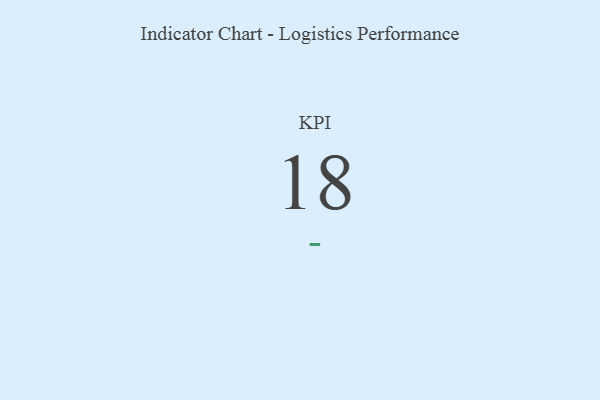
{"axis": {"x": "KPI", "y": "Value"}, "legend": [""], "data": [{"x": "KPI", "y": 18, "type": ""}]}